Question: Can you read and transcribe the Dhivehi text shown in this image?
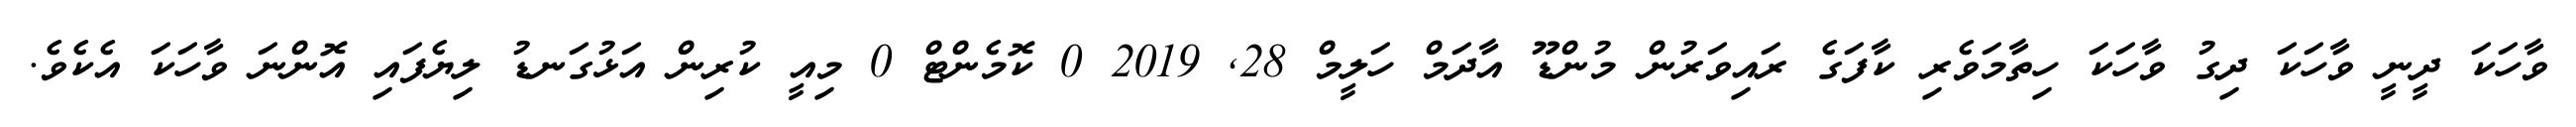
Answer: ވާހަކަ ދީނީ ވާހަކަ ދިގު ވާހަކަ ހިތާމަވެރި ކާފަގެ ރައިވަރުން މުންޑޫ އާދަމް ހަލީމް 28, 2019 0 ކޮމެންޓް 0 މިއީ ކުރިން އަޅުގަނޑު ލިޔެފައި އޮންނަ ވާހަކަ އެކެވެ.